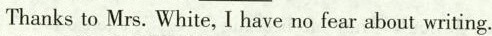
Thanks to Mrs. White, I have no fear about writing.